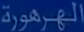
الجمهورية